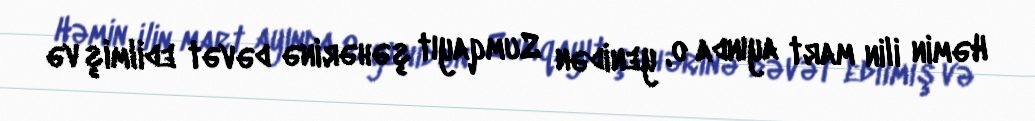
Həmin ilin mart ayında o, yenidən Sumqayıt şəhərinə dəvət edilmiş və